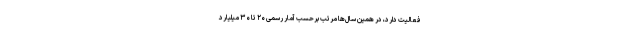
فعالیت دارد، در همین سال‌ها مرتب برحسب آمار رسمی ۲۰ تا ۳۰ میلیارد